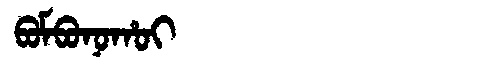
Manchu: ᠪᠣᠮᠪᠣᠨᠣᡥᠣᡳ
Romanization: BOMBONOHOI